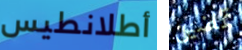
أطلانطيس تمضين